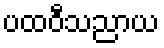
ပထဝီသညာယ